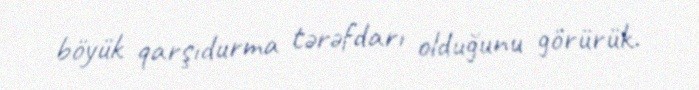
böyük qarşıdurma tərəfdarı olduğunu görürük.